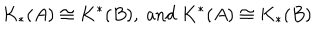
K _ { * } ( A ) \cong K ^ { * } ( B ) , \ \mathrm { a n d } \ K ^ { * } ( A ) \cong K _ { * } ( B )